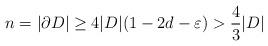
LaTeX: \begin{align*}n=|\partial D| \geq 4|D|(1-2d-\varepsilon) > \frac{4}{3}|D|\end{align*}